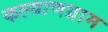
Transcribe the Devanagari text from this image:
कल्याणग्राम